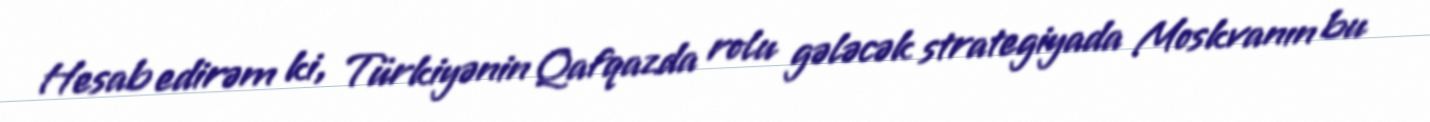
Hesab edirəm ki, Türkiyənin Qafqazda rolu gələcək strategiyada Moskvanın bu